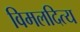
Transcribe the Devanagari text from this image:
विमलदित्य